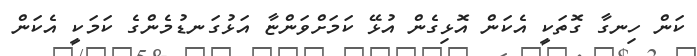
ކަން ހިނގާ ގޮތަކީ އެކަން އޮޅިގެން އުޅޭ ކަމަށްވަންޏާ އަޅުގަނޑުމެންގެ ކަމަކީ އެކަން